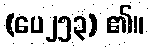
(ပေ၂၅၃) ၏။